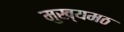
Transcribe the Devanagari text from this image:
मुख्यमठ